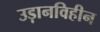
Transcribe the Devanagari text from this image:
उड़ानविहीन